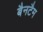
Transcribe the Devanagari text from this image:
बैनटैम